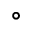
^ \circ